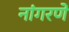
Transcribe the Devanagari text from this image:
नांगरणे